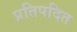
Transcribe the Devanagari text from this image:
प्रतिपदित